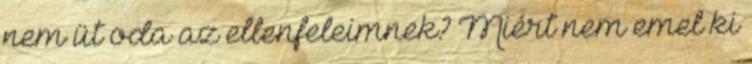
nem üt oda az ellenfeleimnek? Miért nem emel ki